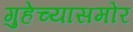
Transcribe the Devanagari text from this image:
गुहेच्यासमोर